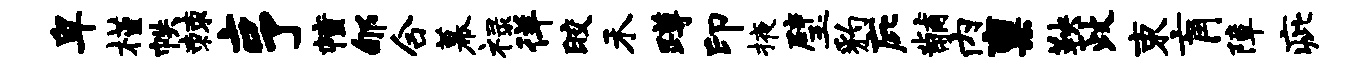
卑槿帙棘亨幢郇合幕禄徉皎禾蹲印掖璧豹庇黼内禀鞅政束肓障疵